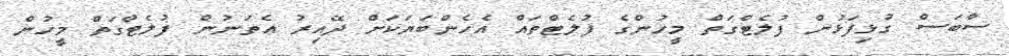
ސާބަސް ގުޅިފަޅުން ފުލެޓްގަތް މީހުންގެ ފުލެޓްތައް އެހެންބަޔަކަށް ދޭއިރު އެތަނުން ފުލެޓްގަތް މީހުން